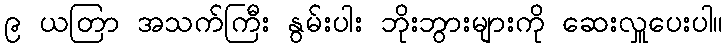
၉ ယတြာ အသက်ကြီး နွမ်းပါး ဘိုးဘွားများကို ဆေးလှူပေးပါ။